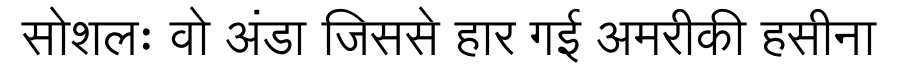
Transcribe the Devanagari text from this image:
सोशलः वो अंडा जिससे हार गई अमरीकी हसीना